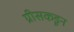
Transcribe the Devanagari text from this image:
ग्रीसकडून